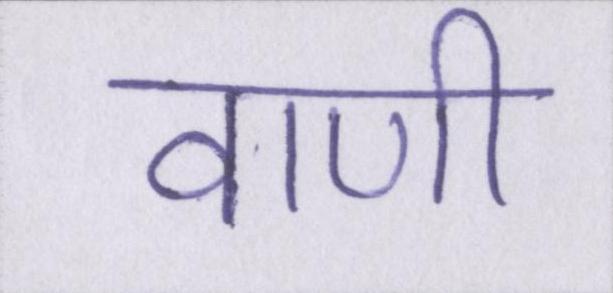
वाणी